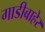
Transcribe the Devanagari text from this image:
गाडीबाहेर